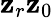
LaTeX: \mathbf{z}_{r}\mathbf{z}_{0}